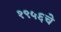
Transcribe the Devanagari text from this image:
१९५६चे